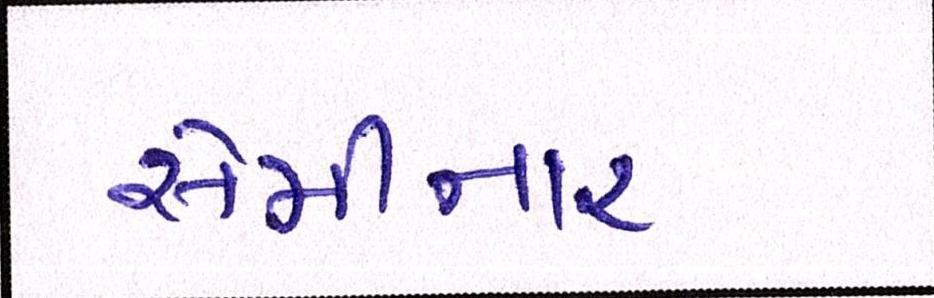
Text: સેમીનાર